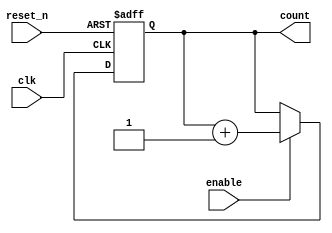
module dynamic_asynchronous_counter (
    input wire clk,               // Clock input
    input wire reset_n,           // Asynchronous reset (active low)
    input wire enable,            // Enable input for counting
    output reg [3:0] count        // 4-bit counter output
);

    // Asynchronous reset and counter logic
    always @(posedge clk or negedge reset_n) begin
        if (!reset_n) begin
            count <= 4'b0000;      // Reset counter to 0
        end else if (enable) begin
            count <= count + 1;    // Increment counter
        end
    end

endmodule